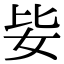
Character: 𡛗